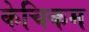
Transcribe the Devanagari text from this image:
केचिकम